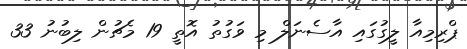
ޕްރިމިއާ ލީގުގައި އާސެނަލް މި ވަގުތު އޮތީ 19 މެޗުން ލިބުނު 33